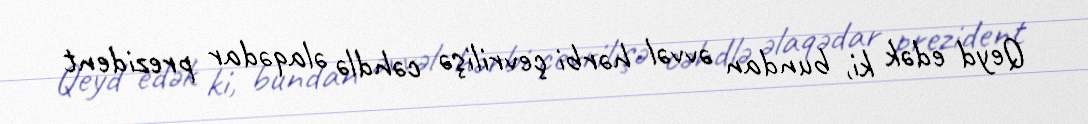
Qeyd edək ki, bundan əvvəl hərbi çevrilişə cəhdlə əlaqədar prezident